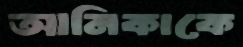
আনিকাকে